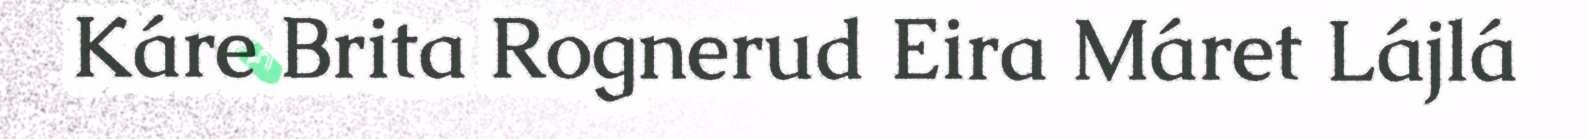
Káre Brita Rognerud Eira Máret Lájlá